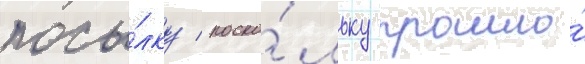
посы́лку / поско́льку прошло́